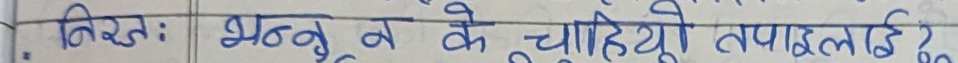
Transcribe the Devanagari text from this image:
निरजः भन्नु के चाहियो तपाईंलाई ?